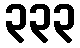
၃၃၃